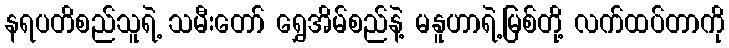
နရပတိစည်သူရဲ့ သမီးတော် ရွှေအိမ်စည်နဲ့ မနူဟာရဲ့မြစ်တို့ လက်ထပ်တာကို